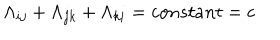
\Lambda _ { i j } + \Lambda _ { j k } + \Lambda _ { k i } = c o n s t a n t = c